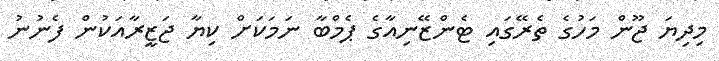
މިދިޔަ ޖޫން މަހުގެ ތެރޭގައި ޓެންޒޭނިއާގެ ޕެމްބާ ނަމަކަށް ކިޔާ ޖަޒީރާއަކުން ފެނުނު